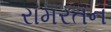
રામરતન